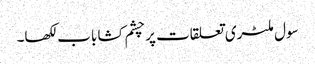
سول ملٹری تعلقات پر چشم کشا باب لکھا۔